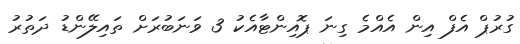
ގުރުޕް އެފް އިން އެއްމެ ގިނަ ޕޮއިންޓާއެކު 3 ވަނަބުރަށް ތައިލޭންޑު ދަތުރު